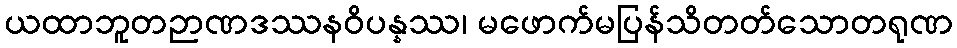
ယထာဘူတဉာဏဒဿနဝိပန္နဿ၊ မဖောက်မပြန်သိတတ်သောတရုဏ